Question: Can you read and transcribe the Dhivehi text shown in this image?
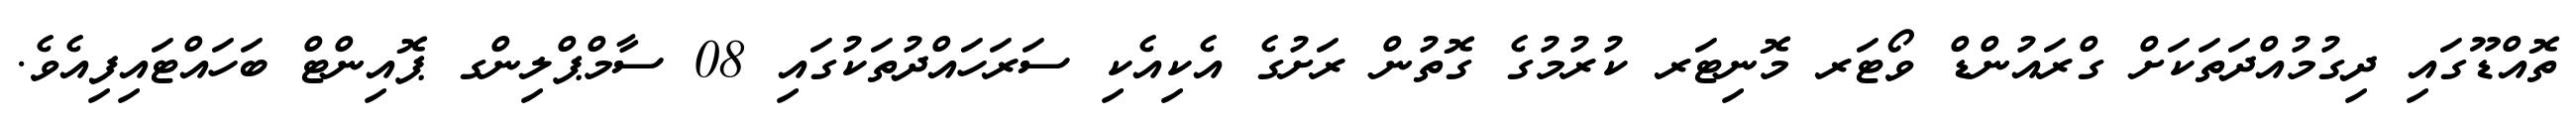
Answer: ތޮއްޑޫގައި ދިގުމުއްދަތަކަށް ގްރައުންޑް ވޯޓަރ މޮނިޓަރ ކުރުމުގެ ގޮތުން ރަށުގެ އެކިއެކި ސަރަހައްދުތަކުގައި 08 ސާމްޕްލިންގ ޕޮއިންޓް ބަހައްޓައިފިއެވެ.